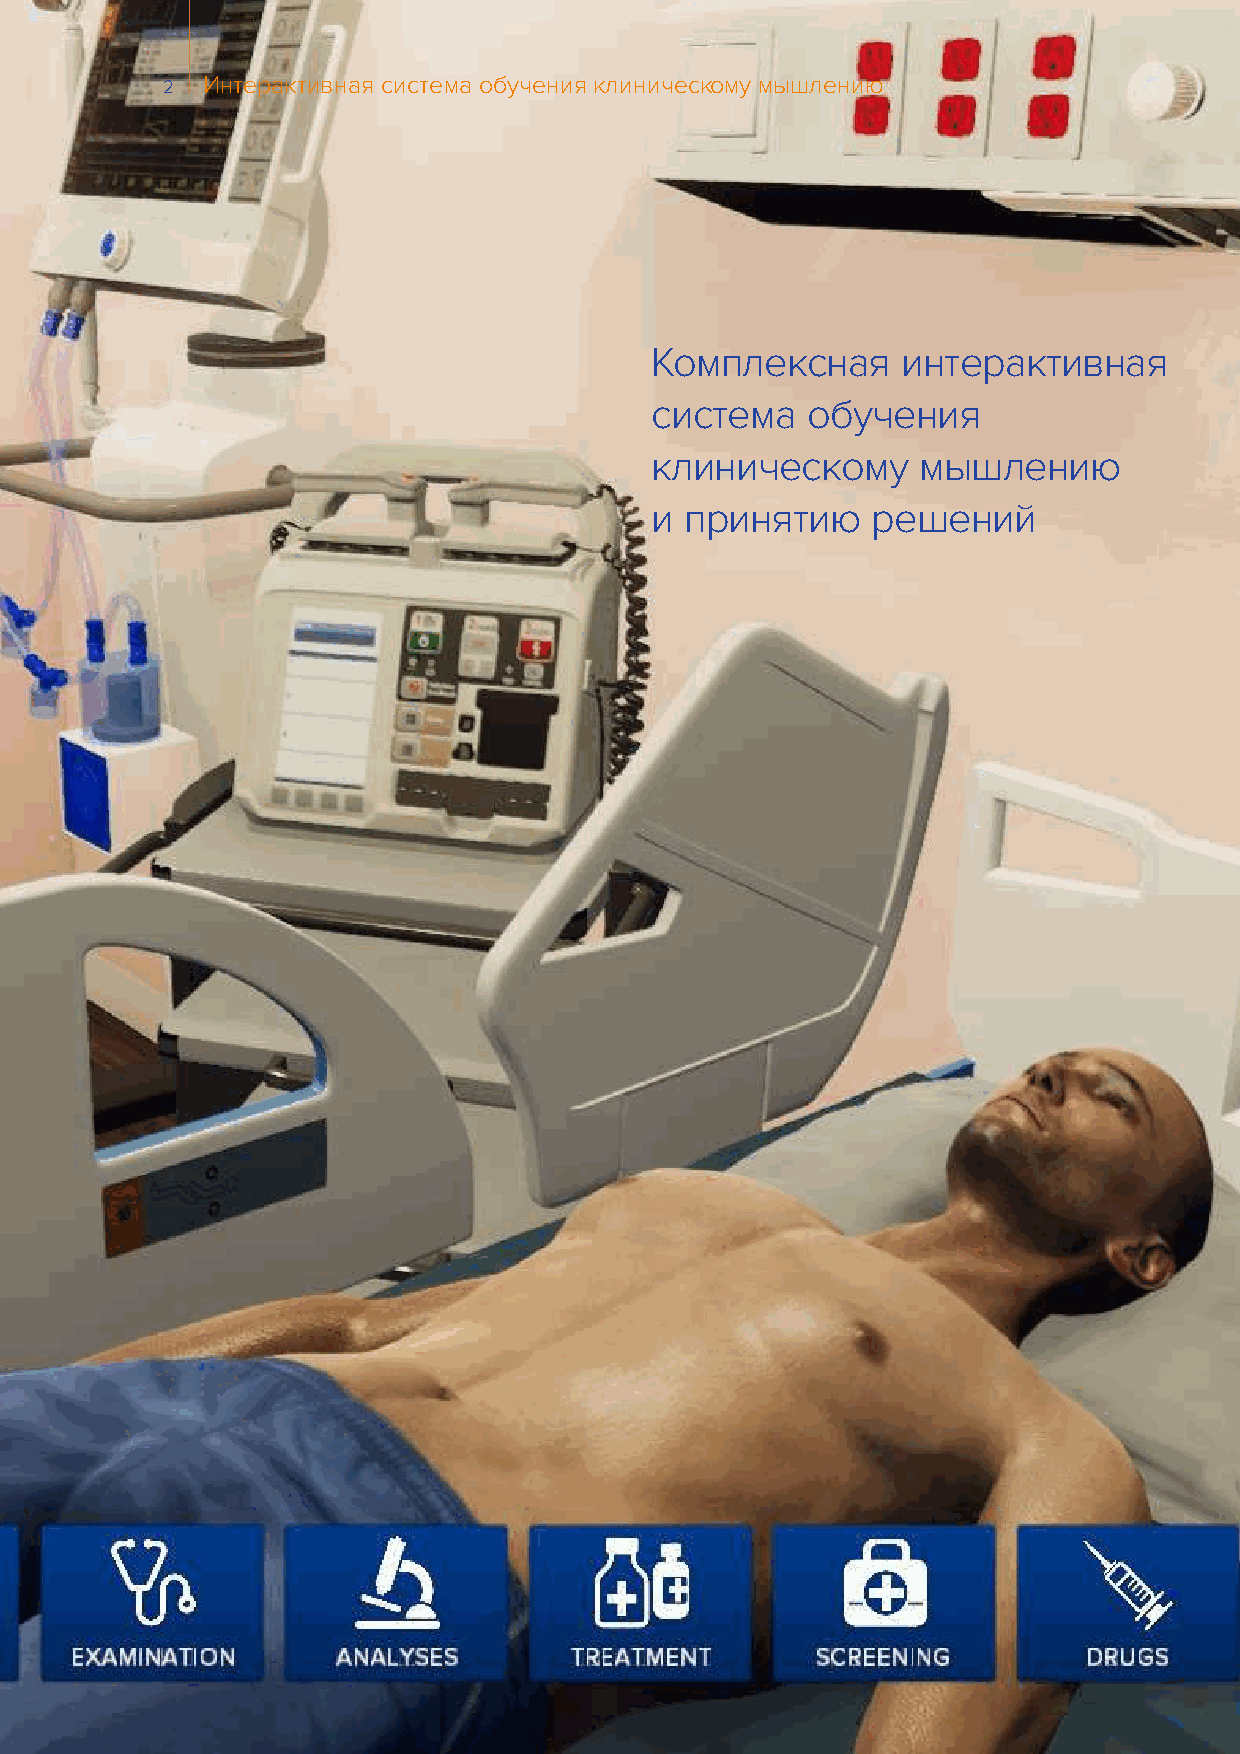
2 Интерактивная система обучения клиническому мышлению                                                                            Leonardo VR 3
 Комплексная      интерактивная
 система   обучения
 клиническому      мышлению
 и принятию     решений
 Leonardo                VR
 Виртуальный пациент представляет собой большой интерактивный стол-
 экран с изображением виртуального пациента. Также на экране симулятора
 отображаются необходимые для диагностики физиологические параметры
 виртуального пациента, данные электрокардиографии, результаты
 назначенных лабораторных исследований и рентгеновские снимки.
 Симулятор позволяет в режиме реального времени отслеживать любые
 изменения в состоянии виртуального пациента, манипуляции, проводимые
 студентом, а также реакции пациента на проводимое лечение.
 По завершении упражнения на экран выводится оценка выполненных
 студентом действий по заданным критериям.
 Симулятор содержит клинические сценарии различной степени сложности и
 относящиеся к различным разделам медицины (кардиология,
 эндокринология, травматология, неврология, акушерство и др.).
 Благодаря виртуальному симулятору обучающиеся в значительной степени
 совершенствуют способность принятия клинических решений, в результате
 чего повышается уровень подготовки медицинских работников и снижается
 риск.